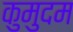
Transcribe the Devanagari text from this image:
कुमुदम